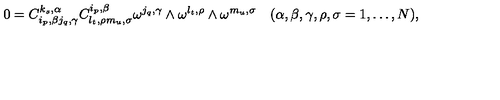
0 = C _ { i _ { p } , \beta j _ { q } , \gamma } ^ { k _ { s } , \alpha } C _ { l _ { t } , \rho m _ { u } , \sigma } ^ { i _ { p } , \beta } \omega ^ { j _ { q } , \gamma } \wedge \omega ^ { l _ { t } , \rho } \wedge \omega ^ { m _ { u } , \sigma } \quad ( \alpha , \beta , \gamma , \rho , \sigma = 1 , \ldots , N ) ,